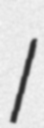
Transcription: I